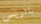
باتريس